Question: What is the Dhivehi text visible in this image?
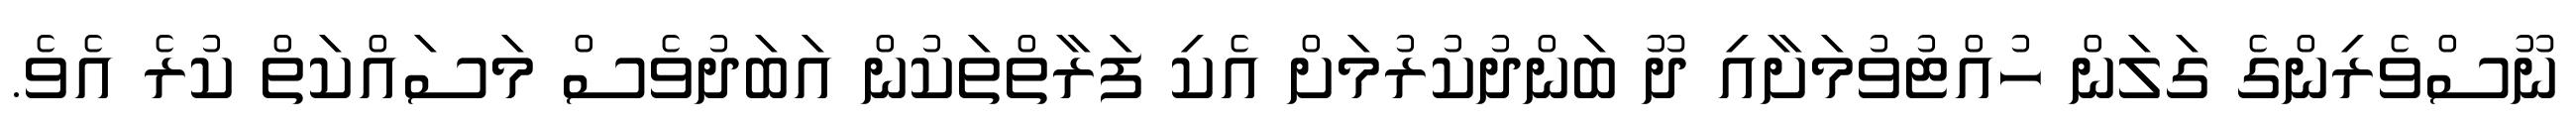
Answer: ނޫސްވެރިންގެ ގަލަން ހުއްޓުވުމަށާއި ދޫ ބަންދުކުރުމަށް އެކި ފަރާތްތަކުން އަބަދުވެސް މަސައްކަތް ކުރެ އެވެ.